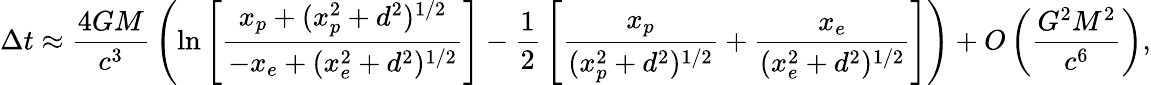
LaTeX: \Delta t\approx{\frac{4GM}{c^{3}}}\left(\ln\left[{\frac{x_{p}+(x_{p}^{2}+d^{2})^{1/2}}{-x_{e}+(x_{e}^{2}+d^{2})^{1/2}}}\right]-{\frac{1}{2}}\left[{\frac{x_{p}}{(x_{p}^{2}+d^{2})^{1/2}}}+{\frac{x_{e}}{(x_{e}^{2}+d^{2})^{1/2}}}\right]\right)+O\left({\frac{G^{2}M^{2}}{c^{6}}}\right),